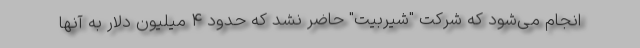
انجام می‌شود که شرکت "شیربیت" حاضر نشد که حدود ۴ میلیون دلار به آنها